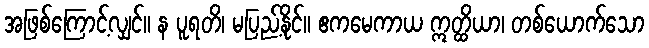
အဖြစ်ကြောင့်လျှင်။ န ပူရတိ၊ မပြည့်နိုင်။ ဧကမေကာယ ဣတ္ထိယာ၊ တစ်ယောက်သော